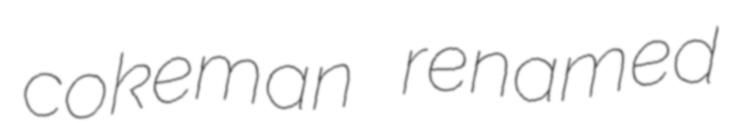
cokeman renamed